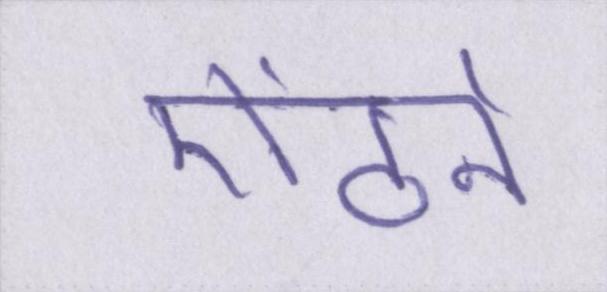
ऐंठने